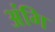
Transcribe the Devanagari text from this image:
अंगि